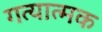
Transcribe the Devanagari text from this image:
गत्‍यात्‍मक